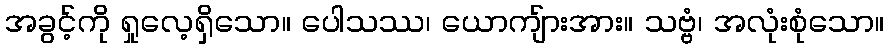
အခွင့်ကို ရှုလေ့ရှိသော။ ပေါသဿ၊ ယောကျ်ားအား။ သဗ္ဗံ၊ အလုံးစုံသော။